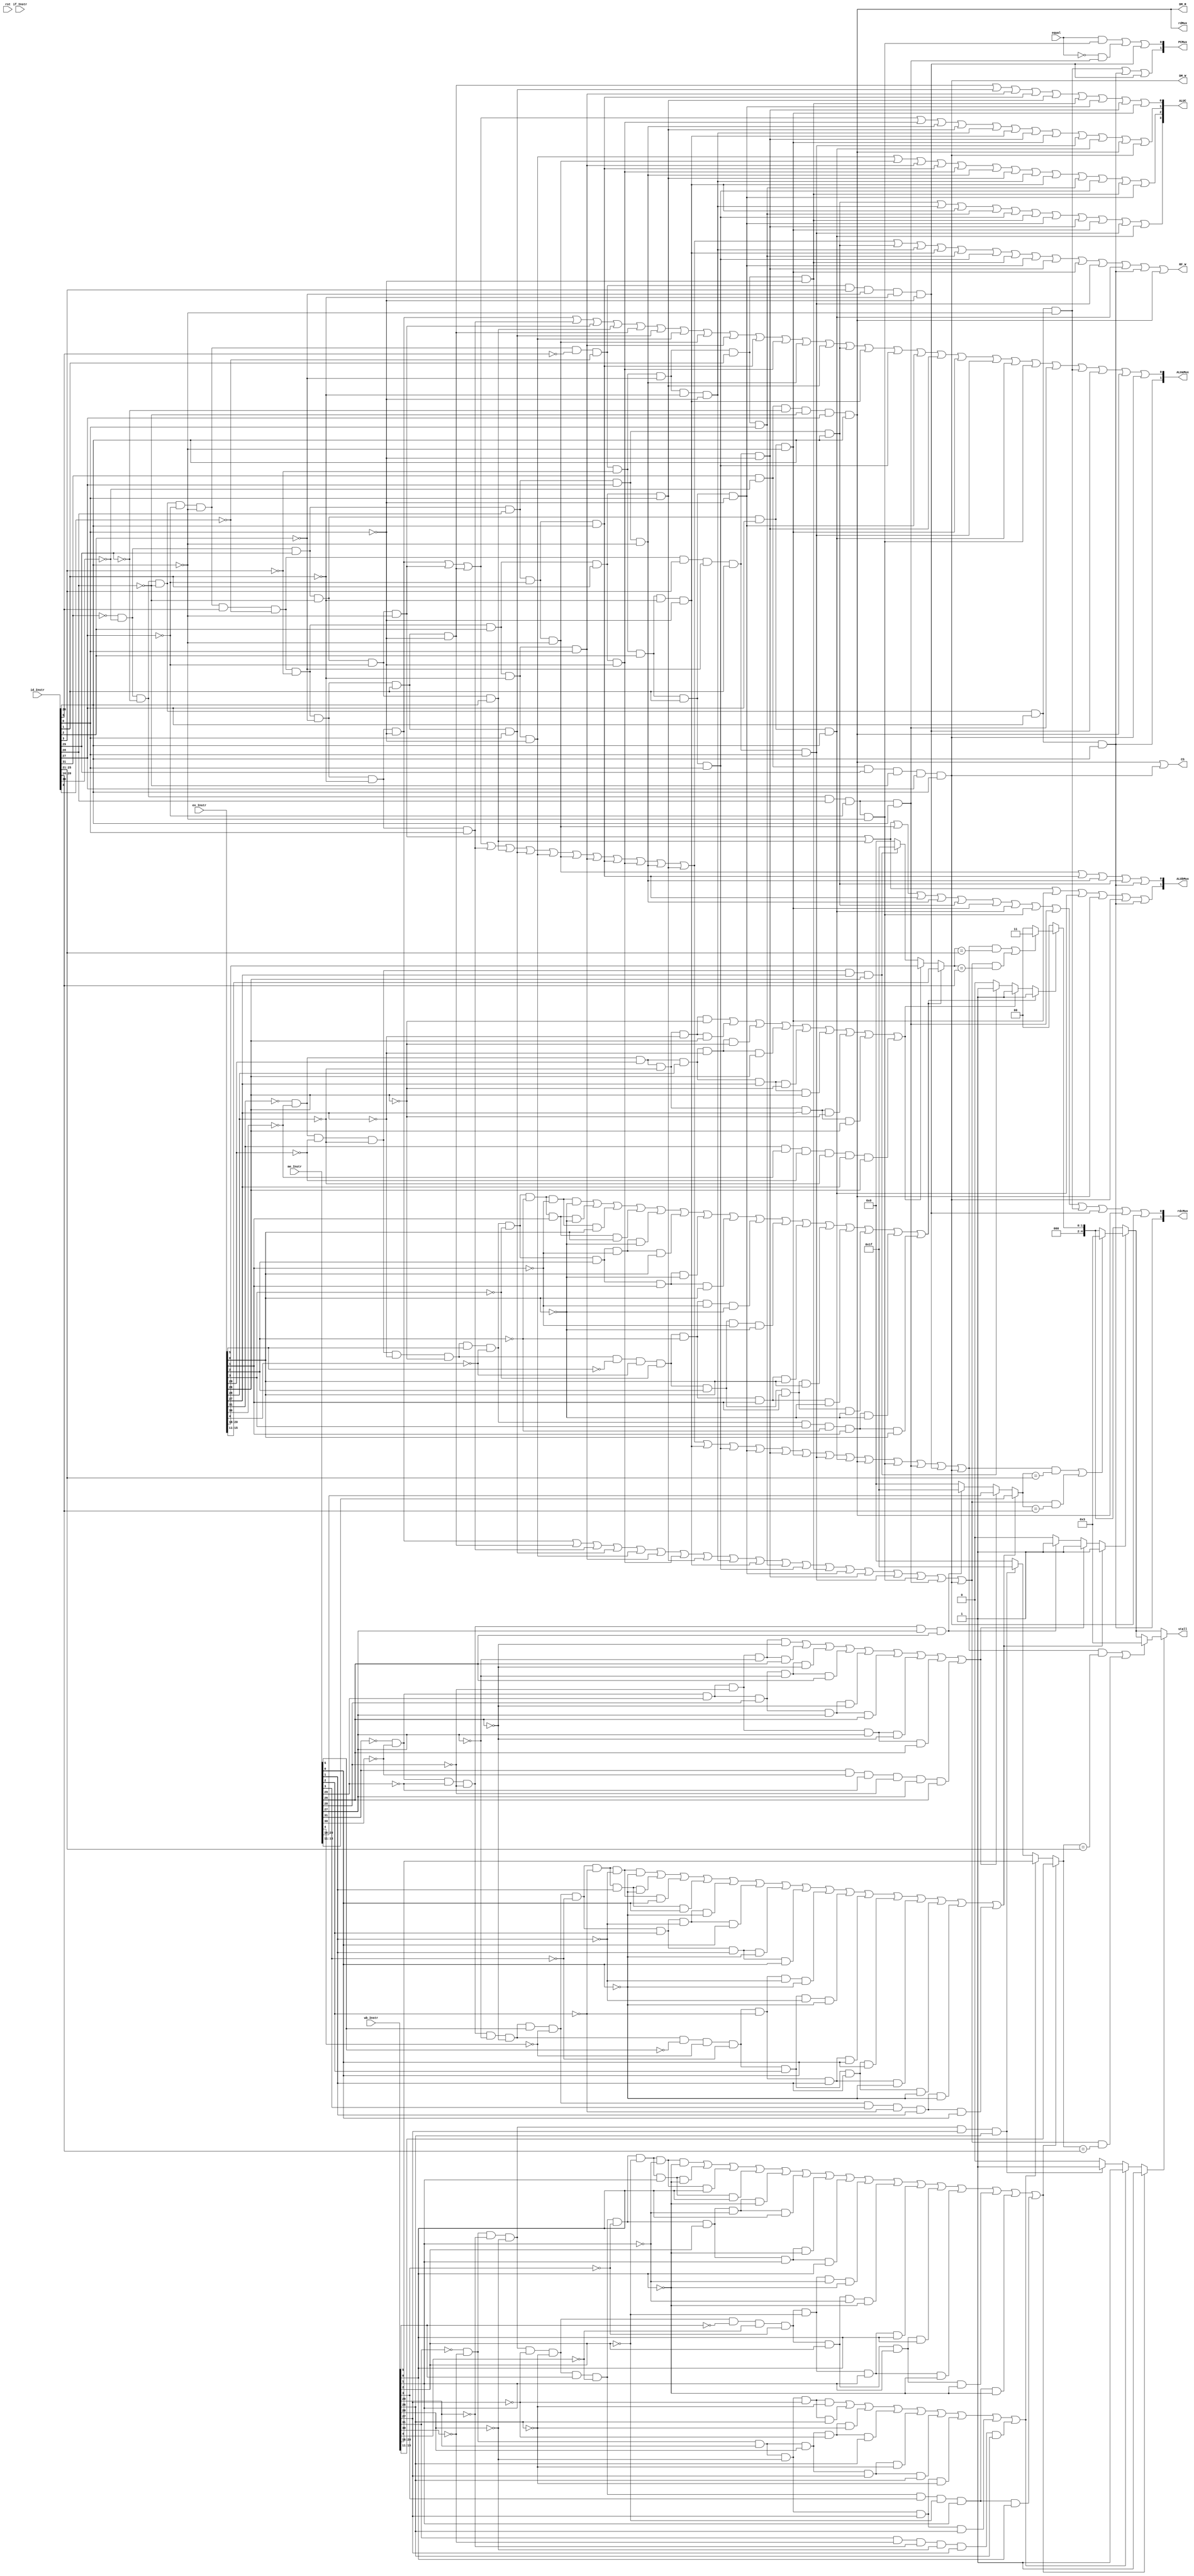
module controller(
/**/
input rst,
input [31:0] if_Instr,
input [31:0] id_Instr,
input [31:0] ex_Instr,
input [31:0] me_Instr,
input [31:0] wb_Instr,




input equal,//10


/*ALU*/
/*input me_Z,
input me_C,
input me_N,
input me_O,
input wb_Z,
input wb_C,
input wb_N,
input wb_O,*/

output RF_W,
output [3:0] ALUC,//alu

/**/
output  [1:0] PCMux,
output  [1:0] ALUaMux,
output  [1:0] ALUbMux,
output  rdMux,
output  [1:0] rdcMux,


/*dmem*/
output CS,
output DM_R,
output DM_W,

output reg [4:0] stall

    );
    
    
    /**/
    
    //id
    wire [5:0] id_op = id_Instr[31:26];
    wire [5:0] id_func = id_Instr[5:0];
    //
    wire id_add,id_addi,id_addu,id_addiu,id_sub,id_subu;
    wire id_and,id_andi,id_or,id_ori,id_xor,id_xori,id_nor;
    wire id_lui;
    wire id_sll,id_sllv,id_sra,id_srav,id_srl,id_srlv;
    wire id_slt,id_slti,id_sltu,id_sltiu;
    wire id_beq,id_bne;
    wire id_j,id_jal,id_jr;
    wire id_lw,id_sw;
    

    
    //R-TYPE
    assign id_add=(~id_op[5])&(~id_op[4])&(~id_op[3])&(~id_op[2])&(~id_op[1])&(~id_op[0])&(id_func[5])&(~id_func[4])&(~id_func[3])&(~id_func[2])&(~id_func[1])&(~id_func[0]);
    assign id_addu=(~id_op[5])&(~id_op[4])&(~id_op[3])&(~id_op[2])&(~id_op[1])&(~id_op[0])&(id_func[5])&(~id_func[4])&(~id_func[3])&(~id_func[2])&(~id_func[1])&(id_func[0]);
    assign id_sub=(~id_op[5])&(~id_op[4])&(~id_op[3])&(~id_op[2])&(~id_op[1])&(~id_op[0])&(id_func[5])&(~id_func[4])&(~id_func[3])&(~id_func[2])&(id_func[1])&(~id_func[0]);
    assign id_subu=(~id_op[5])&(~id_op[4])&(~id_op[3])&(~id_op[2])&(~id_op[1])&(~id_op[0])&(id_func[5])&(~id_func[4])&(~id_func[3])&(~id_func[2])&(id_func[1])&(id_func[0]);
    assign id_and=(~id_op[5])&(~id_op[4])&(~id_op[3])&(~id_op[2])&(~id_op[1])&(~id_op[0])&(id_func[5])&(~id_func[4])&(~id_func[3])&(id_func[2])&(~id_func[1])&(~id_func[0]);
    assign id_or=(~id_op[5])&(~id_op[4])&(~id_op[3])&(~id_op[2])&(~id_op[1])&(~id_op[0])&(id_func[5])&(~id_func[4])&(~id_func[3])&(id_func[2])&(~id_func[1])&(id_func[0]);
    assign id_xor=(~id_op[5])&(~id_op[4])&(~id_op[3])&(~id_op[2])&(~id_op[1])&(~id_op[0])&(id_func[5])&(~id_func[4])&(~id_func[3])&(id_func[2])&(id_func[1])&(~id_func[0]);
    assign id_nor=(~id_op[5])&(~id_op[4])&(~id_op[3])&(~id_op[2])&(~id_op[1])&(~id_op[0])&(id_func[5])&(~id_func[4])&(~id_func[3])&(id_func[2])&(id_func[1])&(id_func[0]);
    assign id_slt=(~id_op[5])&(~id_op[4])&(~id_op[3])&(~id_op[2])&(~id_op[1])&(~id_op[0])&(id_func[5])&(~id_func[4])&(id_func[3])&(~id_func[2])&(id_func[1])&(~id_func[0]);
    assign id_sltu=(~id_op[5])&(~id_op[4])&(~id_op[3])&(~id_op[2])&(~id_op[1])&(~id_op[0])&(id_func[5])&(~id_func[4])&(id_func[3])&(~id_func[2])&(id_func[1])&(id_func[0]);
    
    assign id_sll=(~id_op[5])&(~id_op[4])&(~id_op[3])&(~id_op[2])&(~id_op[1])&(~id_op[0])&(~id_func[5])&(~id_func[4])&(~id_func[3])&(~id_func[2])&(~id_func[1])&(~id_func[0]);
    assign id_srl=(~id_op[5])&(~id_op[4])&(~id_op[3])&(~id_op[2])&(~id_op[1])&(~id_op[0])&(~id_func[5])&(~id_func[4])&(~id_func[3])&(~id_func[2])&(id_func[1])&(~id_func[0]);
    assign id_sra=(~id_op[5])&(~id_op[4])&(~id_op[3])&(~id_op[2])&(~id_op[1])&(~id_op[0])&(~id_func[5])&(~id_func[4])&(~id_func[3])&(~id_func[2])&(id_func[1])&(id_func[0]);
    assign id_sllv=(~id_op[5])&(~id_op[4])&(~id_op[3])&(~id_op[2])&(~id_op[1])&(~id_op[0])&(~id_func[5])&(~id_func[4])&(~id_func[3])&(id_func[2])&(~id_func[1])&(~id_func[0]);
    assign id_srlv=(~id_op[5])&(~id_op[4])&(~id_op[3])&(~id_op[2])&(~id_op[1])&(~id_op[0])&(~id_func[5])&(~id_func[4])&(~id_func[3])&(id_func[2])&(id_func[1])&(~id_func[0]);
    assign id_srav=(~id_op[5])&(~id_op[4])&(~id_op[3])&(~id_op[2])&(~id_op[1])&(~id_op[0])&(~id_func[5])&(~id_func[4])&(~id_func[3])&(id_func[2])&(id_func[1])&(id_func[0]);
    assign id_jr=(~id_op[5])&(~id_op[4])&(~id_op[3])&(~id_op[2])&(~id_op[1])&(~id_op[0])&(~id_func[5])&(~id_func[4])&(id_func[3])&(~id_func[2])&(~id_func[1])&(~id_func[0]);
    
    //I-TYPE
    assign id_addi=(~id_op[5])&(~id_op[4])&(id_op[3])&(~id_op[2])&(~id_op[1])&(~id_op[0]);
    assign id_addiu=(~id_op[5])&(~id_op[4])&(id_op[3])&(~id_op[2])&(~id_op[1])&(id_op[0]);
    assign id_andi=(~id_op[5])&(~id_op[4])&(id_op[3])&(id_op[2])&(~id_op[1])&(~id_op[0]);
    assign id_ori=(~id_op[5])&(~id_op[4])&(id_op[3])&(id_op[2])&(~id_op[1])&(id_op[0]);
    assign id_xori=(~id_op[5])&(~id_op[4])&(id_op[3])&(id_op[2])&(id_op[1])&(~id_op[0]);
    assign id_lui=(~id_op[5])&(~id_op[4])&(id_op[3])&(id_op[2])&(id_op[1])&(id_op[0]);
    assign id_lw=(id_op[5])&(~id_op[4])&(~id_op[3])&(~id_op[2])&(id_op[1])&(id_op[0]);
    assign id_sw=(id_op[5])&(~id_op[4])&(id_op[3])&(~id_op[2])&(id_op[1])&(id_op[0]);
    assign id_beq=(~id_op[5])&(~id_op[4])&(~id_op[3])&(id_op[2])&(~id_op[1])&(~id_op[0]);
    assign id_bne=(~id_op[5])&(~id_op[4])&(~id_op[3])&(id_op[2])&(~id_op[1])&(id_op[0]);    
    assign id_slti=(~id_op[5])&(~id_op[4])&(id_op[3])&(~id_op[2])&(id_op[1])&(~id_op[0]);
    assign id_sltiu=(~id_op[5])&(~id_op[4])&(id_op[3])&(~id_op[2])&(id_op[1])&(id_op[0]);
    
    //J-TYPE
    assign id_j=(~id_op[5])&(~id_op[4])&(~id_op[3])&(~id_op[2])&(id_op[1])&(~id_op[0]);
    assign id_jal=(~id_op[5])&(~id_op[4])&(~id_op[3])&(~id_op[2])&(id_op[1])&(id_op[0]);
    
    //stall-TYPE
    wire id_extra_stall;
    assign id_extra_stall=(id_op[5])&(id_op[4])&(id_op[3])&(id_op[2])&(id_op[1])&(id_op[0]);
    
    //ex
    wire [5:0] ex_op = ex_Instr[31:26];
    wire [5:0] ex_func = ex_Instr[5:0];    
    //
    wire ex_add,ex_addi,ex_addu,ex_addiu,ex_sub,ex_subu;
    wire ex_and,ex_andi,ex_or,ex_ori,ex_xor,ex_xori,ex_nor;
    wire ex_lui;
    wire ex_sll,ex_sllv,ex_sra,ex_srav,ex_srl,ex_srlv;
    wire ex_slt,ex_slti,ex_sltu,ex_sltiu;
    wire ex_beq,ex_bne;
    wire ex_j,ex_jal,ex_jr;
    wire ex_lw,ex_sw;
    
    //R-TYPE
    assign ex_add=(~ex_op[5])&(~ex_op[4])&(~ex_op[3])&(~ex_op[2])&(~ex_op[1])&(~ex_op[0])&(ex_func[5])&(~ex_func[4])&(~ex_func[3])&(~ex_func[2])&(~ex_func[1])&(~ex_func[0]);
    assign ex_addu=(~ex_op[5])&(~ex_op[4])&(~ex_op[3])&(~ex_op[2])&(~ex_op[1])&(~ex_op[0])&(ex_func[5])&(~ex_func[4])&(~ex_func[3])&(~ex_func[2])&(~ex_func[1])&(ex_func[0]);
    assign ex_sub=(~ex_op[5])&(~ex_op[4])&(~ex_op[3])&(~ex_op[2])&(~ex_op[1])&(~ex_op[0])&(ex_func[5])&(~ex_func[4])&(~ex_func[3])&(~ex_func[2])&(ex_func[1])&(~ex_func[0]);
    assign ex_subu=(~ex_op[5])&(~ex_op[4])&(~ex_op[3])&(~ex_op[2])&(~ex_op[1])&(~ex_op[0])&(ex_func[5])&(~ex_func[4])&(~ex_func[3])&(~ex_func[2])&(ex_func[1])&(ex_func[0]);
    assign ex_and=(~ex_op[5])&(~ex_op[4])&(~ex_op[3])&(~ex_op[2])&(~ex_op[1])&(~ex_op[0])&(ex_func[5])&(~ex_func[4])&(~ex_func[3])&(ex_func[2])&(~ex_func[1])&(~ex_func[0]);
    assign ex_or=(~ex_op[5])&(~ex_op[4])&(~ex_op[3])&(~ex_op[2])&(~ex_op[1])&(~ex_op[0])&(ex_func[5])&(~ex_func[4])&(~ex_func[3])&(ex_func[2])&(~ex_func[1])&(ex_func[0]);
    assign ex_xor=(~ex_op[5])&(~ex_op[4])&(~ex_op[3])&(~ex_op[2])&(~ex_op[1])&(~ex_op[0])&(ex_func[5])&(~ex_func[4])&(~ex_func[3])&(ex_func[2])&(ex_func[1])&(~ex_func[0]);
    assign ex_nor=(~ex_op[5])&(~ex_op[4])&(~ex_op[3])&(~ex_op[2])&(~ex_op[1])&(~ex_op[0])&(ex_func[5])&(~ex_func[4])&(~ex_func[3])&(ex_func[2])&(ex_func[1])&(ex_func[0]);
    assign ex_slt=(~ex_op[5])&(~ex_op[4])&(~ex_op[3])&(~ex_op[2])&(~ex_op[1])&(~ex_op[0])&(ex_func[5])&(~ex_func[4])&(ex_func[3])&(~ex_func[2])&(ex_func[1])&(~ex_func[0]);
    assign ex_sltu=(~ex_op[5])&(~ex_op[4])&(~ex_op[3])&(~ex_op[2])&(~ex_op[1])&(~ex_op[0])&(ex_func[5])&(~ex_func[4])&(ex_func[3])&(~ex_func[2])&(ex_func[1])&(ex_func[0]);
    
    assign ex_sll=(~ex_op[5])&(~ex_op[4])&(~ex_op[3])&(~ex_op[2])&(~ex_op[1])&(~ex_op[0])&(~ex_func[5])&(~ex_func[4])&(~ex_func[3])&(~ex_func[2])&(~ex_func[1])&(~ex_func[0]);
    assign ex_srl=(~ex_op[5])&(~ex_op[4])&(~ex_op[3])&(~ex_op[2])&(~ex_op[1])&(~ex_op[0])&(~ex_func[5])&(~ex_func[4])&(~ex_func[3])&(~ex_func[2])&(ex_func[1])&(~ex_func[0]);
    assign ex_sra=(~ex_op[5])&(~ex_op[4])&(~ex_op[3])&(~ex_op[2])&(~ex_op[1])&(~ex_op[0])&(~ex_func[5])&(~ex_func[4])&(~ex_func[3])&(~ex_func[2])&(ex_func[1])&(ex_func[0]);
    assign ex_sllv=(~ex_op[5])&(~ex_op[4])&(~ex_op[3])&(~ex_op[2])&(~ex_op[1])&(~ex_op[0])&(~ex_func[5])&(~ex_func[4])&(~ex_func[3])&(ex_func[2])&(~ex_func[1])&(~ex_func[0]);
    assign ex_srlv=(~ex_op[5])&(~ex_op[4])&(~ex_op[3])&(~ex_op[2])&(~ex_op[1])&(~ex_op[0])&(~ex_func[5])&(~ex_func[4])&(~ex_func[3])&(ex_func[2])&(ex_func[1])&(~ex_func[0]);
    assign ex_srav=(~ex_op[5])&(~ex_op[4])&(~ex_op[3])&(~ex_op[2])&(~ex_op[1])&(~ex_op[0])&(~ex_func[5])&(~ex_func[4])&(~ex_func[3])&(ex_func[2])&(ex_func[1])&(ex_func[0]);
    assign ex_jr=(~ex_op[5])&(~ex_op[4])&(~ex_op[3])&(~ex_op[2])&(~ex_op[1])&(~ex_op[0])&(~ex_func[5])&(~ex_func[4])&(ex_func[3])&(~ex_func[2])&(~ex_func[1])&(~ex_func[0]);
    
    //I-TYPE
    assign ex_addi=(~ex_op[5])&(~ex_op[4])&(ex_op[3])&(~ex_op[2])&(~ex_op[1])&(~ex_op[0]);
    assign ex_addiu=(~ex_op[5])&(~ex_op[4])&(ex_op[3])&(~ex_op[2])&(~ex_op[1])&(ex_op[0]);
    assign ex_andi=(~ex_op[5])&(~ex_op[4])&(ex_op[3])&(ex_op[2])&(~ex_op[1])&(~ex_op[0]);
    assign ex_ori=(~ex_op[5])&(~ex_op[4])&(ex_op[3])&(ex_op[2])&(~ex_op[1])&(ex_op[0]);
    assign ex_xori=(~ex_op[5])&(~ex_op[4])&(ex_op[3])&(ex_op[2])&(ex_op[1])&(~ex_op[0]);
    assign ex_lui=(~ex_op[5])&(~ex_op[4])&(ex_op[3])&(ex_op[2])&(ex_op[1])&(ex_op[0]);
    assign ex_lw=(ex_op[5])&(~ex_op[4])&(~ex_op[3])&(~ex_op[2])&(ex_op[1])&(ex_op[0]);
    assign ex_sw=(ex_op[5])&(~ex_op[4])&(ex_op[3])&(~ex_op[2])&(ex_op[1])&(ex_op[0]);
    assign ex_beq=(~ex_op[5])&(~ex_op[4])&(~ex_op[3])&(ex_op[2])&(~ex_op[1])&(~ex_op[0]);
    assign ex_bne=(~ex_op[5])&(~ex_op[4])&(~ex_op[3])&(ex_op[2])&(~ex_op[1])&(ex_op[0]);    
    assign ex_slti=(~ex_op[5])&(~ex_op[4])&(ex_op[3])&(~ex_op[2])&(ex_op[1])&(~ex_op[0]);
    assign ex_sltiu=(~ex_op[5])&(~ex_op[4])&(ex_op[3])&(~ex_op[2])&(ex_op[1])&(ex_op[0]);
    
    //J-TYPE
    assign ex_j=(~ex_op[5])&(~ex_op[4])&(~ex_op[3])&(~ex_op[2])&(ex_op[1])&(~ex_op[0]);
    assign ex_jal=(~ex_op[5])&(~ex_op[4])&(~ex_op[3])&(~ex_op[2])&(ex_op[1])&(ex_op[0]);
    
    //stall-TYPE
    wire ex_extra_stall;
    assign ex_extra_stall=(ex_op[5])&(ex_op[4])&(ex_op[3])&(ex_op[2])&(ex_op[1])&(ex_op[0]);
    
    //me
    wire [5:0] me_op = me_Instr[31:26];
    wire [5:0] me_func = me_Instr[5:0];
    //
    wire me_add,me_addi,me_addu,me_addiu,me_sub,me_subu;
    wire me_and,me_andi,me_or,me_ori,me_xor,me_xori,me_nor;
    wire me_lui;
    wire me_sll,me_sllv,me_sra,me_srav,me_srl,me_srlv;
    wire me_slt,me_slti,me_sltu,me_sltiu;
    wire me_beq,me_bne;
    wire me_j,me_jal,me_jr;
    wire me_lw,me_sw;
    
    //R-TYPE
    assign me_add=(~me_op[5])&(~me_op[4])&(~me_op[3])&(~me_op[2])&(~me_op[1])&(~me_op[0])&(me_func[5])&(~me_func[4])&(~me_func[3])&(~me_func[2])&(~me_func[1])&(~me_func[0]);
    assign me_addu=(~me_op[5])&(~me_op[4])&(~me_op[3])&(~me_op[2])&(~me_op[1])&(~me_op[0])&(me_func[5])&(~me_func[4])&(~me_func[3])&(~me_func[2])&(~me_func[1])&(me_func[0]);
    assign me_sub=(~me_op[5])&(~me_op[4])&(~me_op[3])&(~me_op[2])&(~me_op[1])&(~me_op[0])&(me_func[5])&(~me_func[4])&(~me_func[3])&(~me_func[2])&(me_func[1])&(~me_func[0]);
    assign me_subu=(~me_op[5])&(~me_op[4])&(~me_op[3])&(~me_op[2])&(~me_op[1])&(~me_op[0])&(me_func[5])&(~me_func[4])&(~me_func[3])&(~me_func[2])&(me_func[1])&(me_func[0]);
    assign me_and=(~me_op[5])&(~me_op[4])&(~me_op[3])&(~me_op[2])&(~me_op[1])&(~me_op[0])&(me_func[5])&(~me_func[4])&(~me_func[3])&(me_func[2])&(~me_func[1])&(~me_func[0]);
    assign me_or=(~me_op[5])&(~me_op[4])&(~me_op[3])&(~me_op[2])&(~me_op[1])&(~me_op[0])&(me_func[5])&(~me_func[4])&(~me_func[3])&(me_func[2])&(~me_func[1])&(me_func[0]);
    assign me_xor=(~me_op[5])&(~me_op[4])&(~me_op[3])&(~me_op[2])&(~me_op[1])&(~me_op[0])&(me_func[5])&(~me_func[4])&(~me_func[3])&(me_func[2])&(me_func[1])&(~me_func[0]);
    assign me_nor=(~me_op[5])&(~me_op[4])&(~me_op[3])&(~me_op[2])&(~me_op[1])&(~me_op[0])&(me_func[5])&(~me_func[4])&(~me_func[3])&(me_func[2])&(me_func[1])&(me_func[0]);
    assign me_slt=(~me_op[5])&(~me_op[4])&(~me_op[3])&(~me_op[2])&(~me_op[1])&(~me_op[0])&(me_func[5])&(~me_func[4])&(me_func[3])&(~me_func[2])&(me_func[1])&(~me_func[0]);
    assign me_sltu=(~me_op[5])&(~me_op[4])&(~me_op[3])&(~me_op[2])&(~me_op[1])&(~me_op[0])&(me_func[5])&(~me_func[4])&(me_func[3])&(~me_func[2])&(me_func[1])&(me_func[0]);
    
    assign me_sll=(~me_op[5])&(~me_op[4])&(~me_op[3])&(~me_op[2])&(~me_op[1])&(~me_op[0])&(~me_func[5])&(~me_func[4])&(~me_func[3])&(~me_func[2])&(~me_func[1])&(~me_func[0]);
    assign me_srl=(~me_op[5])&(~me_op[4])&(~me_op[3])&(~me_op[2])&(~me_op[1])&(~me_op[0])&(~me_func[5])&(~me_func[4])&(~me_func[3])&(~me_func[2])&(me_func[1])&(~me_func[0]);
    assign me_sra=(~me_op[5])&(~me_op[4])&(~me_op[3])&(~me_op[2])&(~me_op[1])&(~me_op[0])&(~me_func[5])&(~me_func[4])&(~me_func[3])&(~me_func[2])&(me_func[1])&(me_func[0]);
    assign me_sllv=(~me_op[5])&(~me_op[4])&(~me_op[3])&(~me_op[2])&(~me_op[1])&(~me_op[0])&(~me_func[5])&(~me_func[4])&(~me_func[3])&(me_func[2])&(~me_func[1])&(~me_func[0]);
    assign me_srlv=(~me_op[5])&(~me_op[4])&(~me_op[3])&(~me_op[2])&(~me_op[1])&(~me_op[0])&(~me_func[5])&(~me_func[4])&(~me_func[3])&(me_func[2])&(me_func[1])&(~me_func[0]);
    assign me_srav=(~me_op[5])&(~me_op[4])&(~me_op[3])&(~me_op[2])&(~me_op[1])&(~me_op[0])&(~me_func[5])&(~me_func[4])&(~me_func[3])&(me_func[2])&(me_func[1])&(me_func[0]);
    assign me_jr=(~me_op[5])&(~me_op[4])&(~me_op[3])&(~me_op[2])&(~me_op[1])&(~me_op[0])&(~me_func[5])&(~me_func[4])&(me_func[3])&(~me_func[2])&(~me_func[1])&(~me_func[0]);
    
    //I-TYPE
    assign me_addi=(~me_op[5])&(~me_op[4])&(me_op[3])&(~me_op[2])&(~me_op[1])&(~me_op[0]);
    assign me_addiu=(~me_op[5])&(~me_op[4])&(me_op[3])&(~me_op[2])&(~me_op[1])&(me_op[0]);
    assign me_andi=(~me_op[5])&(~me_op[4])&(me_op[3])&(me_op[2])&(~me_op[1])&(~me_op[0]);
    assign me_ori=(~me_op[5])&(~me_op[4])&(me_op[3])&(me_op[2])&(~me_op[1])&(me_op[0]);
    assign me_xori=(~me_op[5])&(~me_op[4])&(me_op[3])&(me_op[2])&(me_op[1])&(~me_op[0]);
    assign me_lui=(~me_op[5])&(~me_op[4])&(me_op[3])&(me_op[2])&(me_op[1])&(me_op[0]);
    assign me_lw=(me_op[5])&(~me_op[4])&(~me_op[3])&(~me_op[2])&(me_op[1])&(me_op[0]);
    assign me_sw=(me_op[5])&(~me_op[4])&(me_op[3])&(~me_op[2])&(me_op[1])&(me_op[0]);
    assign me_beq=(~me_op[5])&(~me_op[4])&(~me_op[3])&(me_op[2])&(~me_op[1])&(~me_op[0]);
    assign me_bne=(~me_op[5])&(~me_op[4])&(~me_op[3])&(me_op[2])&(~me_op[1])&(me_op[0]);    
    assign me_slti=(~me_op[5])&(~me_op[4])&(me_op[3])&(~me_op[2])&(me_op[1])&(~me_op[0]);
    assign me_sltiu=(~me_op[5])&(~me_op[4])&(me_op[3])&(~me_op[2])&(me_op[1])&(me_op[0]);
    
    //J-TYPE
    assign me_j=(~me_op[5])&(~me_op[4])&(~me_op[3])&(~me_op[2])&(me_op[1])&(~me_op[0]);
    assign me_jal=(~me_op[5])&(~me_op[4])&(~me_op[3])&(~me_op[2])&(me_op[1])&(me_op[0]);
    
    //stall-TYPE
    wire me_extra_stall;
    assign me_extra_stall=(me_op[5])&(me_op[4])&(me_op[3])&(me_op[2])&(me_op[1])&(me_op[0]);
    
    //ex
    wire [5:0] wb_op = wb_Instr[31:26];
    wire [5:0] wb_func = wb_Instr[5:0];    
    //
    wire wb_add,wb_addi,wb_addu,wb_addiu,wb_sub,wb_subu;
    wire wb_and,wb_andi,wb_or,wb_ori,wb_xor,wb_xori,wb_nor;
    wire wb_lui;
    wire wb_sll,wb_sllv,wb_sra,wb_srav,wb_srl,wb_srlv;
    wire wb_slt,wb_slti,wb_sltu,wb_sltiu;
    wire wb_beq,wb_bne;
    wire wb_j,wb_jal,wb_jr;
    wire wb_lw,wb_sw;
    
    //R-TYPE
    assign wb_add=(~wb_op[5])&(~wb_op[4])&(~wb_op[3])&(~wb_op[2])&(~wb_op[1])&(~wb_op[0])&(wb_func[5])&(~wb_func[4])&(~wb_func[3])&(~wb_func[2])&(~wb_func[1])&(~wb_func[0]);
    assign wb_addu=(~wb_op[5])&(~wb_op[4])&(~wb_op[3])&(~wb_op[2])&(~wb_op[1])&(~wb_op[0])&(wb_func[5])&(~wb_func[4])&(~wb_func[3])&(~wb_func[2])&(~wb_func[1])&(wb_func[0]);
    assign wb_sub=(~wb_op[5])&(~wb_op[4])&(~wb_op[3])&(~wb_op[2])&(~wb_op[1])&(~wb_op[0])&(wb_func[5])&(~wb_func[4])&(~wb_func[3])&(~wb_func[2])&(wb_func[1])&(~wb_func[0]);
    assign wb_subu=(~wb_op[5])&(~wb_op[4])&(~wb_op[3])&(~wb_op[2])&(~wb_op[1])&(~wb_op[0])&(wb_func[5])&(~wb_func[4])&(~wb_func[3])&(~wb_func[2])&(wb_func[1])&(wb_func[0]);
    assign wb_and=(~wb_op[5])&(~wb_op[4])&(~wb_op[3])&(~wb_op[2])&(~wb_op[1])&(~wb_op[0])&(wb_func[5])&(~wb_func[4])&(~wb_func[3])&(wb_func[2])&(~wb_func[1])&(~wb_func[0]);
    assign wb_or=(~wb_op[5])&(~wb_op[4])&(~wb_op[3])&(~wb_op[2])&(~wb_op[1])&(~wb_op[0])&(wb_func[5])&(~wb_func[4])&(~wb_func[3])&(wb_func[2])&(~wb_func[1])&(wb_func[0]);
    assign wb_xor=(~wb_op[5])&(~wb_op[4])&(~wb_op[3])&(~wb_op[2])&(~wb_op[1])&(~wb_op[0])&(wb_func[5])&(~wb_func[4])&(~wb_func[3])&(wb_func[2])&(wb_func[1])&(~wb_func[0]);
    assign wb_nor=(~wb_op[5])&(~wb_op[4])&(~wb_op[3])&(~wb_op[2])&(~wb_op[1])&(~wb_op[0])&(wb_func[5])&(~wb_func[4])&(~wb_func[3])&(wb_func[2])&(wb_func[1])&(wb_func[0]);
    assign wb_slt=(~wb_op[5])&(~wb_op[4])&(~wb_op[3])&(~wb_op[2])&(~wb_op[1])&(~wb_op[0])&(wb_func[5])&(~wb_func[4])&(wb_func[3])&(~wb_func[2])&(wb_func[1])&(~wb_func[0]);
    assign wb_sltu=(~wb_op[5])&(~wb_op[4])&(~wb_op[3])&(~wb_op[2])&(~wb_op[1])&(~wb_op[0])&(wb_func[5])&(~wb_func[4])&(wb_func[3])&(~wb_func[2])&(wb_func[1])&(wb_func[0]);
    
    assign wb_sll=(~wb_op[5])&(~wb_op[4])&(~wb_op[3])&(~wb_op[2])&(~wb_op[1])&(~wb_op[0])&(~wb_func[5])&(~wb_func[4])&(~wb_func[3])&(~wb_func[2])&(~wb_func[1])&(~wb_func[0]);
    assign wb_srl=(~wb_op[5])&(~wb_op[4])&(~wb_op[3])&(~wb_op[2])&(~wb_op[1])&(~wb_op[0])&(~wb_func[5])&(~wb_func[4])&(~wb_func[3])&(~wb_func[2])&(wb_func[1])&(~wb_func[0]);
    assign wb_sra=(~wb_op[5])&(~wb_op[4])&(~wb_op[3])&(~wb_op[2])&(~wb_op[1])&(~wb_op[0])&(~wb_func[5])&(~wb_func[4])&(~wb_func[3])&(~wb_func[2])&(wb_func[1])&(wb_func[0]);
    assign wb_sllv=(~wb_op[5])&(~wb_op[4])&(~wb_op[3])&(~wb_op[2])&(~wb_op[1])&(~wb_op[0])&(~wb_func[5])&(~wb_func[4])&(~wb_func[3])&(wb_func[2])&(~wb_func[1])&(~wb_func[0]);
    assign wb_srlv=(~wb_op[5])&(~wb_op[4])&(~wb_op[3])&(~wb_op[2])&(~wb_op[1])&(~wb_op[0])&(~wb_func[5])&(~wb_func[4])&(~wb_func[3])&(wb_func[2])&(wb_func[1])&(~wb_func[0]);
    assign wb_srav=(~wb_op[5])&(~wb_op[4])&(~wb_op[3])&(~wb_op[2])&(~wb_op[1])&(~wb_op[0])&(~wb_func[5])&(~wb_func[4])&(~wb_func[3])&(wb_func[2])&(wb_func[1])&(wb_func[0]);
    assign wb_jr=(~wb_op[5])&(~wb_op[4])&(~wb_op[3])&(~wb_op[2])&(~wb_op[1])&(~wb_op[0])&(~wb_func[5])&(~wb_func[4])&(wb_func[3])&(~wb_func[2])&(~wb_func[1])&(~wb_func[0]);
    
    //I-TYPE
    assign wb_addi=(~wb_op[5])&(~wb_op[4])&(wb_op[3])&(~wb_op[2])&(~wb_op[1])&(~wb_op[0]);
    assign wb_addiu=(~wb_op[5])&(~wb_op[4])&(wb_op[3])&(~wb_op[2])&(~wb_op[1])&(wb_op[0]);
    assign wb_andi=(~wb_op[5])&(~wb_op[4])&(wb_op[3])&(wb_op[2])&(~wb_op[1])&(~wb_op[0]);
    assign wb_ori=(~wb_op[5])&(~wb_op[4])&(wb_op[3])&(wb_op[2])&(~wb_op[1])&(wb_op[0]);
    assign wb_xori=(~wb_op[5])&(~wb_op[4])&(wb_op[3])&(wb_op[2])&(wb_op[1])&(~wb_op[0]);
    assign wb_lui=(~wb_op[5])&(~wb_op[4])&(wb_op[3])&(wb_op[2])&(wb_op[1])&(wb_op[0]);
    assign wb_lw=(wb_op[5])&(~wb_op[4])&(~wb_op[3])&(~wb_op[2])&(wb_op[1])&(wb_op[0]);
    assign wb_sw=(wb_op[5])&(~wb_op[4])&(wb_op[3])&(~wb_op[2])&(wb_op[1])&(wb_op[0]);
    assign wb_beq=(~wb_op[5])&(~wb_op[4])&(~wb_op[3])&(wb_op[2])&(~wb_op[1])&(~wb_op[0]);
    assign wb_bne=(~wb_op[5])&(~wb_op[4])&(~wb_op[3])&(wb_op[2])&(~wb_op[1])&(wb_op[0]);    
    assign wb_slti=(~wb_op[5])&(~wb_op[4])&(wb_op[3])&(~wb_op[2])&(wb_op[1])&(~wb_op[0]);
    assign wb_sltiu=(~wb_op[5])&(~wb_op[4])&(wb_op[3])&(~wb_op[2])&(wb_op[1])&(wb_op[0]);
    
    //J-TYPE
    assign wb_j=(~wb_op[5])&(~wb_op[4])&(~wb_op[3])&(~wb_op[2])&(wb_op[1])&(~wb_op[0]);
    assign wb_jal=(~wb_op[5])&(~wb_op[4])&(~wb_op[3])&(~wb_op[2])&(wb_op[1])&(wb_op[0]);
    
    //stall-TYPE
    wire wb_extra_stall;
    assign wb_extra_stall=(wb_op[5])&(wb_op[4])&(wb_op[3])&(wb_op[2])&(wb_op[1])&(wb_op[0]);
    
    
    /*id*/
    /*((~O)&(i_add|i_addi|i_sub))WB*/
    assign RF_W=((id_add|id_addi|id_sub))|(id_addu)|(id_addiu)|(id_subu)|(id_and)|(id_andi)|(id_or)|(id_ori)|
    (id_xor)|(id_xori)|(id_nor)|(id_lui)|(id_sll)|(id_sllv)|(id_sra)|(id_srav)|(id_srl)|(id_srlv)|
    (id_slt)|(id_slti)|(id_sltu)|(id_sltiu)|(id_jal)|(id_lw);
    

    assign ALUC[3]=(id_lui)|(id_sll)|(id_sllv)|(id_sra)|(id_srav)|(id_srl)|(id_srlv)|(id_slt)|(id_slti)|(id_sltu)|(id_sltiu);  
    assign ALUC[2]=(id_and)|(id_andi)|(id_or)|(id_ori)|(id_xor)|(id_xori)|(id_nor)|(id_sll)|(id_sllv)|(id_sra)|(id_srav)|(id_srl)|(id_srlv);    
    assign ALUC[1]=(id_add)|(id_addi)|(id_sub)|(id_xor)|(id_xori)|(id_nor)|(id_sll)|(id_sllv)|(id_slt)|(id_slti)|(id_sltu)|(id_sltiu)|(id_lw)|(id_sw);  
    assign ALUC[0]=(id_sub)|(id_subu)|(id_or)|(id_ori)|(id_nor)|(id_srl)|(id_srlv)|(id_slt)|(id_slti);
    
    assign PCMux[1]=id_j|id_jal|id_jr; 
    assign PCMux[0]=(equal&id_beq)|((~equal)&id_bne)|id_jr;
    
    assign ALUaMux[0]=(id_add)|(id_addu)|(id_addi)|(id_addiu)|(id_sub)|(id_subu)|(id_and)|(id_andi)|(id_or)|(id_ori)|
    (id_xor)|(id_xori)|(id_nor)|(id_lui)|(id_sllv)|(id_srav)|(id_srlv)|
    (id_slt)|(id_slti)|(id_sltu)|(id_sltiu)|(id_beq)|(id_bne)|(id_j)|(id_jr)|(id_lw)|(id_sw);
    assign ALUaMux[1]=id_jal;//npc:10
    
    assign ALUbMux[1]=(id_addi)|(id_addiu)|(id_slti)|(id_sltiu)|(id_lw)|(id_sw)|id_jal; 
    assign ALUbMux[0]=(id_andi)|(id_ori)|(id_xori)|(id_lui)|id_jal;
    //id_jal:11,alub=0
    
    assign rdMux=id_lw;
    
    assign rdcMux[1]=id_jal;
    assign rdcMux[0]=(id_addi)|(id_addiu)|(id_andi)|(id_ori)|
    (id_xori)|(id_lui)|
    (id_slti)|(id_sltiu)|(id_beq)|(id_bne)|(id_j)|(id_jr)|(id_lw)|(id_sw);
    
    assign CS=(id_lw)|(id_sw);
    assign DM_R=(id_lw);
    assign DM_W=(id_sw);
    
    
    /*
    
    wbwbid
    
    idexme*/

    wire id_read_rs;//idrs
    wire id_read_rt;//idrt
    
    reg ex_write_rd;//exrd
    reg [4:0] ex_write_rdc;//exrd

    reg me_write_rd;
    reg [4:0] me_write_rdc;

    reg wb_write_rd;
    reg [4:0] wb_write_rdc;

    /*
    (id_add|id_addi|id_sub)|(id_addu)|(id_addiu)|(id_subu)|(id_and)|(id_andi)|(id_or)|(id_ori)|
            (id_xor)|(id_xori)|(id_nor)|(id_lui)|(id_sll)|(id_sllv)|(id_sra)|(id_srav)|(id_srl)|(id_srlv)|
            (id_slt)|(id_slti)|(id_sltu)|(id_sltiu)|(id_jal)|(id_lw)|(id_beq)|(id_bne)|(id_j)|(id_jr)|(id_sw);
            */
    
    assign id_read_rs=(id_add|id_addi|id_sub)|(id_addu)|(id_addiu)|(id_subu)|(id_and)|(id_andi)|(id_or)|(id_ori)|
        (id_xor)|(id_xori)|(id_nor)|(id_sllv)|(id_srav)|(id_srlv)|
        (id_slt)|(id_slti)|(id_sltu)|(id_sltiu)|(id_lw)|(id_beq)|(id_bne)|(id_jr)|(id_sw);

    assign id_read_rt=(id_add|id_sub)|(id_addu)|(id_subu)|(id_and)|(id_or)|
            (id_xor)|(id_nor)|(id_sll)|(id_sllv)|(id_sra)|(id_srav)|(id_srl)|(id_srlv)|
            (id_slt)|(id_sltu)|(id_beq)|(id_bne)|(id_sw);
    
    /*assign ex_write_rd=(ex_add|ex_sub)|(ex_addu)|(ex_subu)|(ex_and)|(ex_or)|
    (ex_xor)|(ex_nor)|(ex_sll)|(ex_sllv)|(ex_sra)|(ex_srav)|(ex_srl)|(ex_srlv)|
    (ex_slt)|(ex_sltu);*/
    
    wire [4:0] id_rs = id_Instr[25:21];
    wire [4:0] id_rt = id_Instr[20:16];
    wire [4:0] id_rd = id_Instr[15:11]; 
    wire [4:0] ex_rs = ex_Instr[25:21];
    wire [4:0] ex_rt = ex_Instr[20:16];
    wire [4:0] ex_rd = ex_Instr[15:11]; 
    wire [4:0] me_rs = me_Instr[25:21];
    wire [4:0] me_rt = me_Instr[20:16];
    wire [4:0] me_rd = me_Instr[15:11]; 
    wire [4:0] wb_rs = wb_Instr[25:21];
    wire [4:0] wb_rt = wb_Instr[20:16];
    wire [4:0] wb_rd = wb_Instr[15:11]; 
    
    always @ (*)
    begin
    if((ex_add|ex_sub)|(ex_addu)|(ex_subu)|(ex_and)|(ex_or)|(ex_xor)|(ex_nor)
    |(ex_sll)|(ex_sllv)|(ex_sra)|(ex_srav)|(ex_srl)|(ex_srlv)|(ex_slt)|(ex_sltu))
    begin
    ex_write_rd=1;
    ex_write_rdc=ex_rd;
    end
    else if((ex_addi)|(ex_addiu)|(ex_andi)|(ex_ori)|(ex_xori)|(ex_lui)|(ex_slti)|(ex_sltiu)|(ex_lw))
    begin
    ex_write_rd=1;
    ex_write_rdc=ex_rt;
    end
    else if(ex_jal)
    begin
    ex_write_rd=1;
    ex_write_rdc=5'b11111;
    end
    else
    begin
    ex_write_rd=0;
    ex_write_rdc=5'b00000;
    end
    end
    

    
    always @ (*)
    begin
    if((me_add|me_sub)|(me_addu)|(me_subu)|(me_and)|(me_or)|(me_xor)|(me_nor)
    |(me_sll)|(me_sllv)|(me_sra)|(me_srav)|(me_srl)|(me_srlv)|(me_slt)|(me_sltu))
    begin
    me_write_rd=1;
    me_write_rdc=me_rd;
    end
    else if((me_addi)|(me_addiu)|(me_andi)|(me_ori)|(me_xori)|(me_lui)|(me_slti)|(me_sltiu)|(me_lw))
    begin
    me_write_rd=1;
    me_write_rdc=me_rt;
    end
    else if(me_jal)
    begin
    me_write_rd=1;
    me_write_rdc=5'b11111;
    end
    else
    begin
    me_write_rd=0;
    me_write_rdc=5'b00000;
    end
    end
    
    always @ (*)
    begin
    if((wb_add|wb_sub)|(wb_addu)|(wb_subu)|(wb_and)|(wb_or)|(wb_xor)|(wb_nor)
    |(wb_sll)|(wb_sllv)|(wb_sra)|(wb_srav)|(wb_srl)|(wb_srlv)|(wb_slt)|(wb_sltu))
    begin
    wb_write_rd=1;
    wb_write_rdc=wb_rd;
    end
    else if((wb_addi)|(wb_addiu)|(wb_andi)|(wb_ori)|(wb_xori)|(wb_lui)|(wb_slti)|(wb_sltiu)|(wb_lw))
    begin
    wb_write_rd=1;
    wb_write_rdc=wb_rt;
    end
    else if(wb_jal)
    begin
    wb_write_rd=1;
    wb_write_rdc=5'b11111;
    end
    else
    begin
    wb_write_rd=0;
    wb_write_rdc=5'b00000;
    end
    end
    
      /*  wire id_read_rs;//idrs
    wire id_read_rt;//idrt
    
    reg ex_write_rd;//exrd
    reg [4:0] ex_write_rdc;//exrd

    reg me_write_rd;
    reg [4:0] me_write_rdc;*/
    
    /**/
    always @ (*)
    begin
    if(rst==1)
    stall=5'b00000;
    stall=5'b00000;
    
    if(ex_write_rd)
    begin
    if((id_read_rs==1 && ex_write_rdc==id_rs) || (id_read_rt==1 && ex_write_rdc==id_rt))
    stall=5'b00011;
    end
    
    if(me_write_rd)
    begin
    if((id_read_rs==1 && me_write_rdc==id_rs) || (id_read_rt==1 && me_write_rdc==id_rt))
    stall=5'b00011;
    end

    if(wb_write_rd)
    begin
    if((id_read_rs==1 && wb_write_rdc==id_rs) || (id_read_rt==1 && wb_write_rdc==id_rt))
    stall=5'b00011;
    end

    end
    
    
endmodule